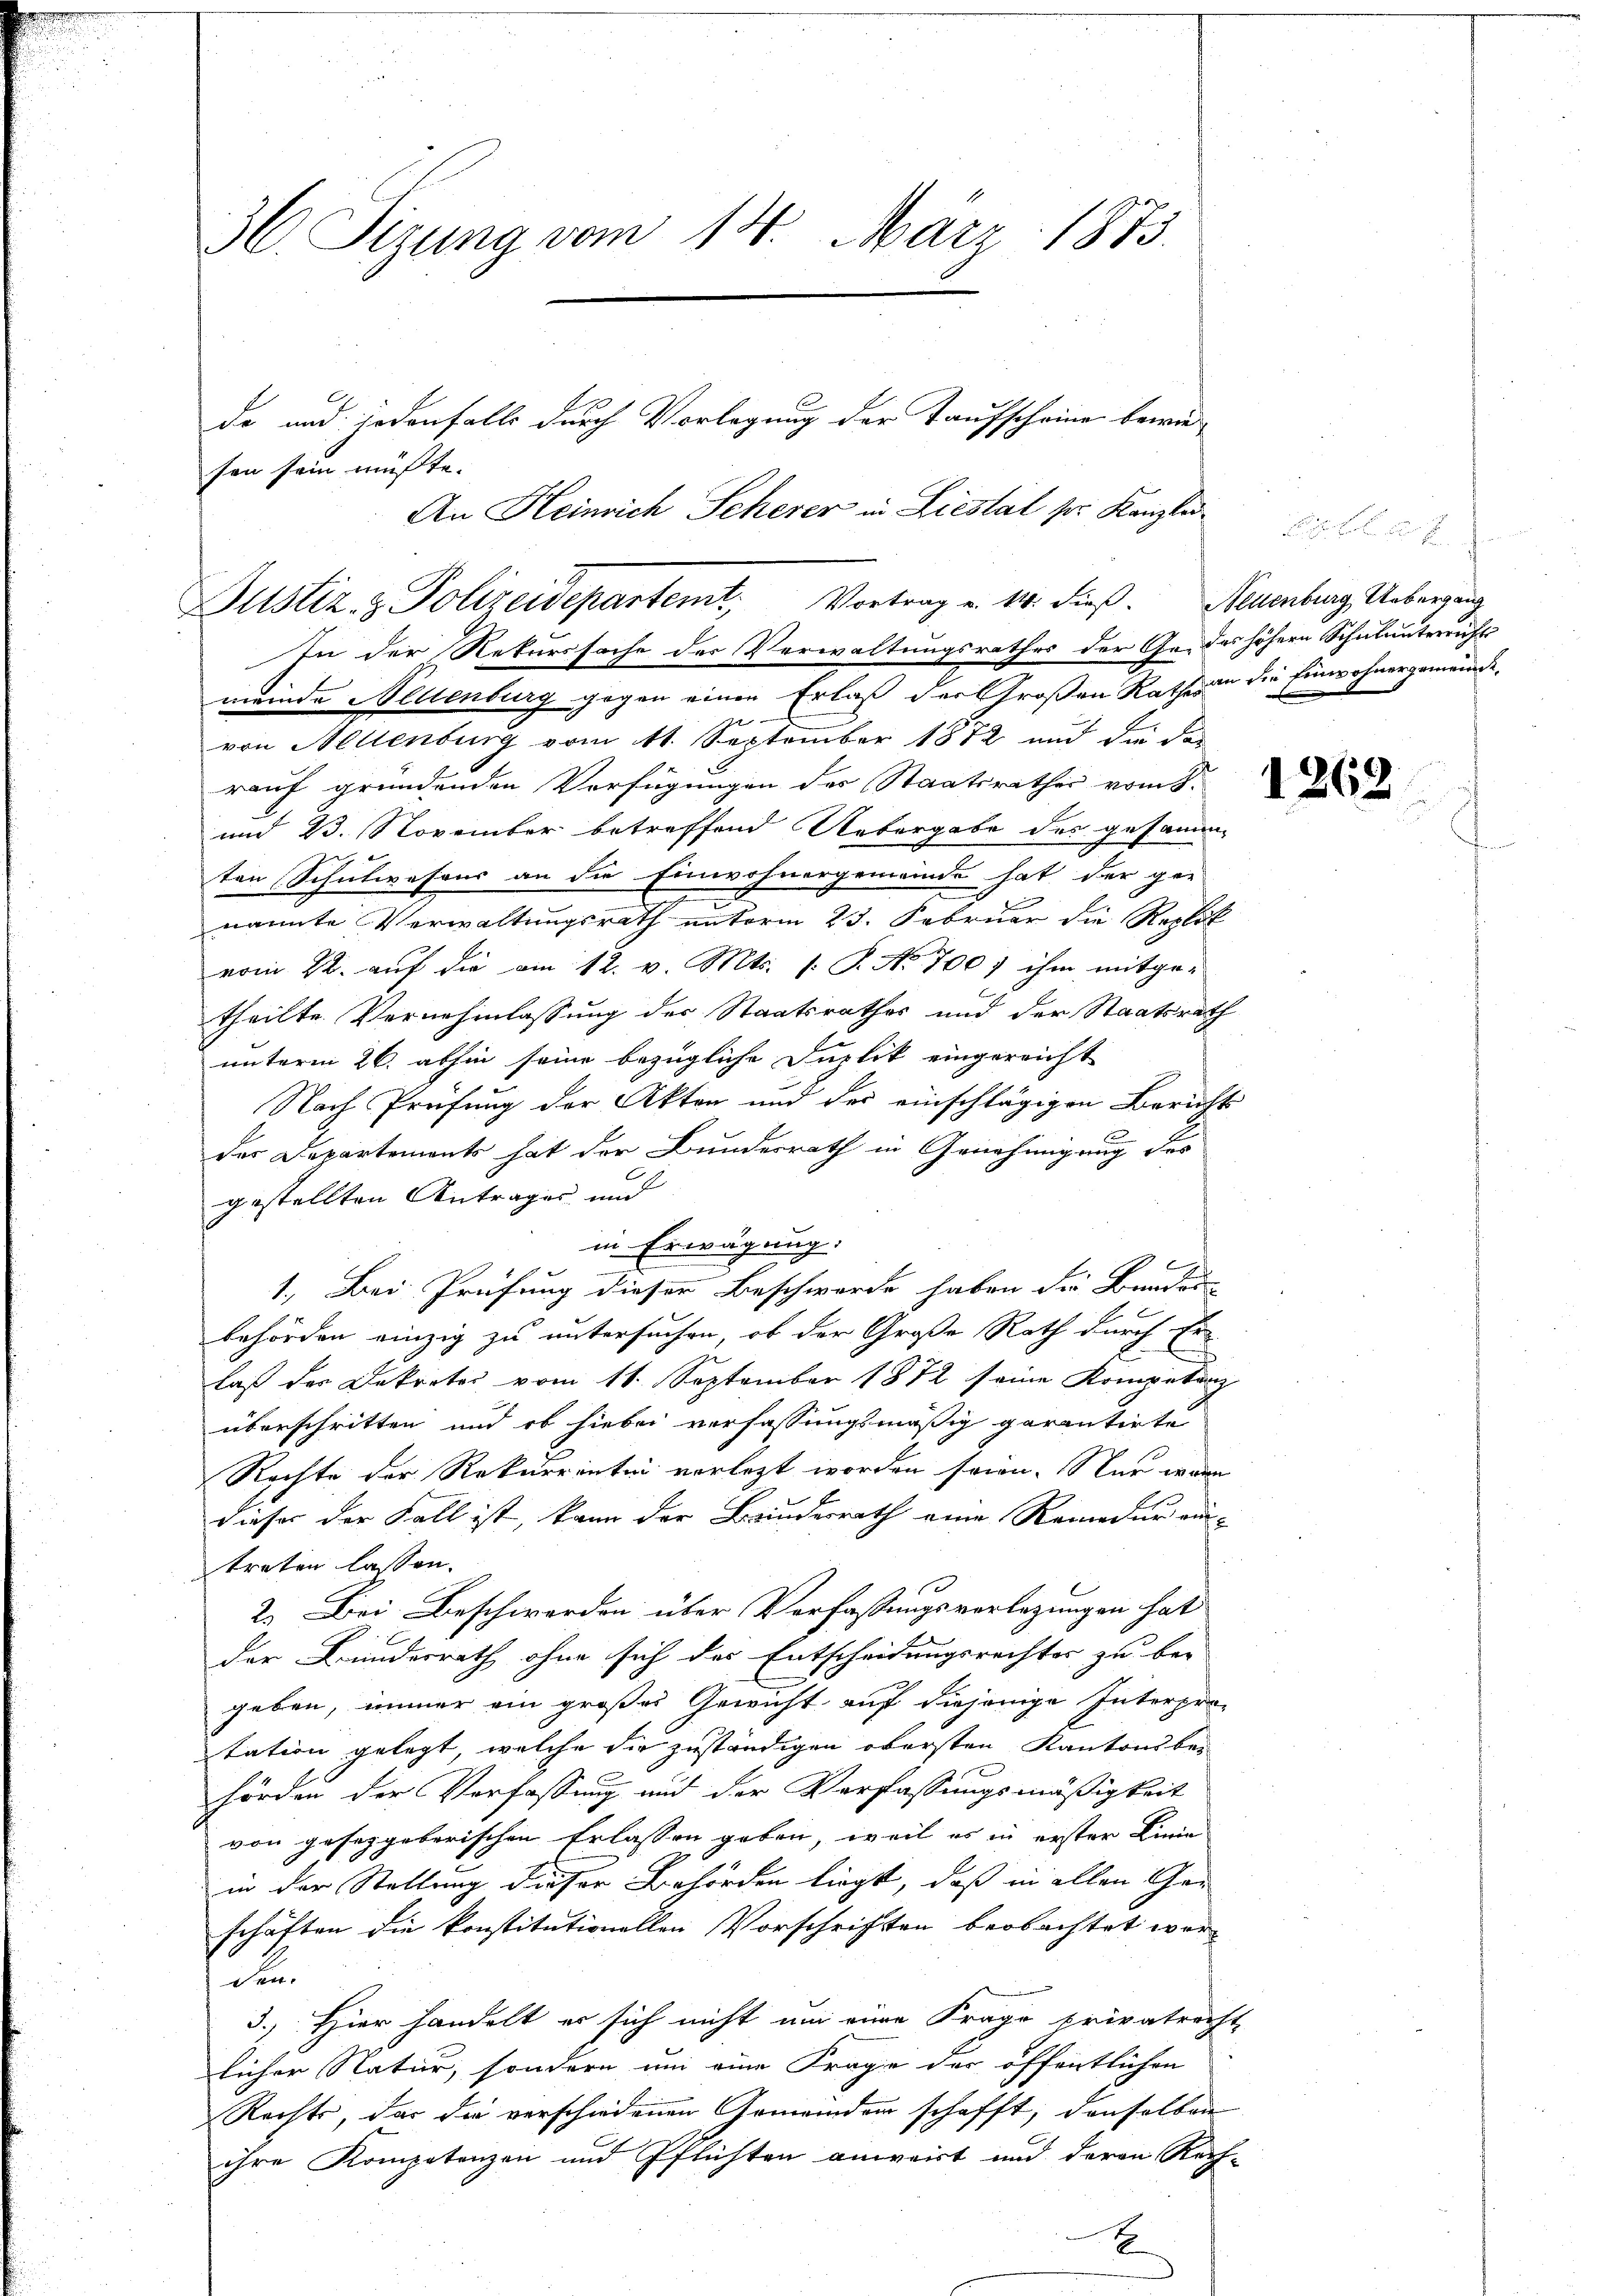
36. Sizung vom 14. März 1873.

de und jedenfalls durch Vorlegung der Taufscheine beison sein müsste. |
An Heinrich Scherer in Liestal zur Kanzli¬
In der Rekurssache der Verwaltungsrathes der Gendas höhern Schulunterrichts
meinde Neuenburg gegen einen Erlaß der Großen Rath an die Einwohnergemeinde
von Mellenburg vom 11. September 1882 und die das
rauf gründenden Verfügungen der Staatsrathes vom 8.
und 23. November betreffend Uebergabe des gesamme
ten (Schulwesens an die Einwohnergemeinde hat der ger
nannte Verwaltungsrath unterm 23. Februar die Replik
vom 22. aŭf die am 12. v. Mts. s. S. No. 700) ihm mitge-
theilte Vernehmlassung der Staatsrathes und der Staatsrath
unterm 26. abhin seine bezügliche Duplik eingereicht
Nach Prüfung der Akten und der einschlägigen Bericht
der Departemonts hat der Bundesrath in Genehmigung des
gestellten Antrages und
in Erwägung:
1. Bei Prüfung dieser Beschwerde haben die Bunder
behörden einzig zu untersuchen, ob der Große Rath durch Er
laß des Dekretos vom 11. September 1872 seine Kompetanz
überschritten und ob hiebei verfassungsmäßig garantirte
Rechte der Rekurrentin vorlegt worden sein. Nur wenn
dieser der Fall ist, kann der Bindesrath eine Remedur ein-
treten lassen.
2. Bei Beschwerden über Verfassungsverlegungen hat
der Bundesrath ohne sich des Entscheidungsrechtes zu be-
geben, immer ein großes Gewicht auf diejenige Interpro-
tation gelegt, welche die zuständigen obersten Kantonsbe-
hörden der Verfassung und der Verfassungsmäßigkeit
von geseggeberischen Erlassen geben, weil es in erster Linie
in der Stellung dieser Behörden liegt, daß in allen Ge-
schäften die konstitutionellen Vorschriften beobachtet weren.
3.) Hier handelt er sich nicht um eine Frage privatrecht,
licher Natur, sondern um eine Frage der öffentlichen
Rechts, das die verschiedenen Gemeinder schafft, denselben
ihre Kompetenzen und Pflichten anweit und deren Rech-

Bustiz- & Polizeidepartemt, Vortrag u. 14. dieβ. Neuenburg, Uebergang

E